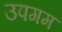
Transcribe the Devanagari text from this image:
उपगम